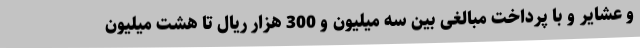
و عشایر و با پرداخت مبالغی بین سه میلیون و 300 هزار ریال تا هشت میلیون